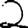
Digit: 2